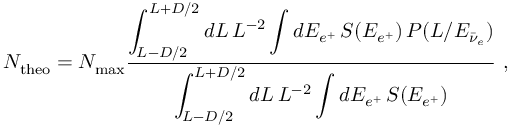
N _ { \mathrm { t h e o } } = N _ { \mathrm { m a x } } \frac { \displaystyle \int _ { L - D / 2 } ^ { L + D / 2 } d L \, L ^ { - 2 } \int d E _ { e ^ { + } } \, S ( E _ { e ^ { + } } ) \, P ( L / E _ { \bar { \nu } _ { e } } ) } { \displaystyle \int _ { L - D / 2 } ^ { L + D / 2 } d L \, L ^ { - 2 } \int d E _ { e ^ { + } } \, S ( E _ { e ^ { + } } ) } \ ,